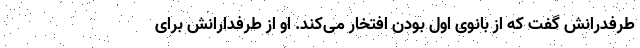
طرفدرانش گفت که از بانوی اول بودن افتخار می‌کند. او از طرفدارانش برای